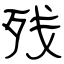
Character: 残